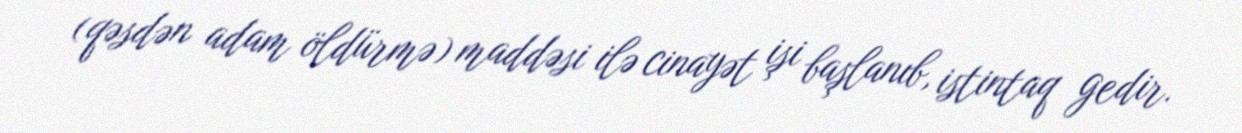
(qəsdən adam öldürmə) maddəsi ilə cinayət işi başlanıb, istintaq gedir.